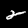
Digit: 2